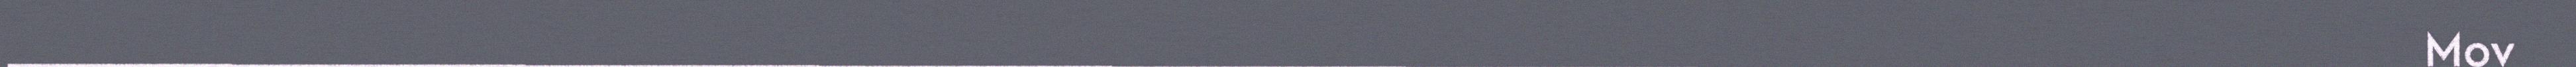
_____________________________________________________________________________________ Mov